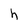
Character: h